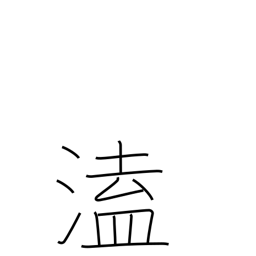
Meaning: unexpected